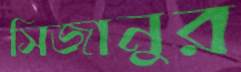
সিজানুর